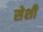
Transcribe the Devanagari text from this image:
सेशी